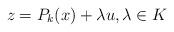
LaTeX: \begin{align*} z = P_{k}(x)+\lambda u, \lambda\in K\end{align*}